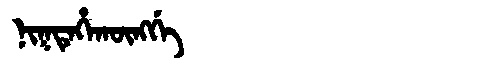
Manchu: ᠨᡳᡴᡨᡝᡥᠠᡴᡡᠩᡤᡝ
Romanization: NIKTEHAKŪNGGE